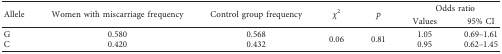
<table><thead><tr><td rowspan="2"><b>Allele</b></td><td rowspan="2"><b>Women with miscarriage frequency</b></td><td rowspan="2"><b>Control group frequency</b></td><td rowspan="2"><b><i>χ</i><sup>2</sup></b></td><td rowspan="2"><b><i>p</i></b></td><td colspan="2"><b>Odds ratio</b></td></tr><tr><td><b>Values</b></td><td><b>95% CI</b></td></tr></thead><tbody><tr><td>G</td><td>0.580</td><td>0.568</td><td rowspan="2">0.06</td><td rowspan="2">0.81</td><td>1.05</td><td>0.69–1.61</td></tr><tr><td>C</td><td>0.420</td><td>0.432</td><td>0.95</td><td>0.62–1.45</td></tr></tbody></table>